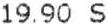
19.90 S